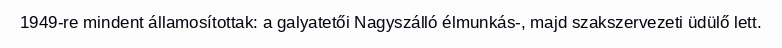
1949-re mindent államosítottak: a galyatetői Nagyszálló élmunkás-, majd szakszervezeti üdülő lett.